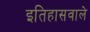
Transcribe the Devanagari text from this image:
इतिहासवाले